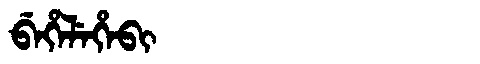
Manchu: ᠪᡝᡥᡝᠯᡝᡥᡝᠪᡳ
Romanization: BEHELEHEBI